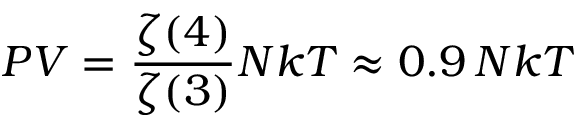
P V = { \frac { \zeta ( 4 ) } { \zeta ( 3 ) } } N k T \approx 0 . 9 \, N k T